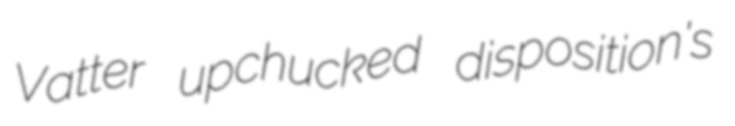
Vatter upchucked disposition's